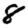
Digit: 8